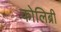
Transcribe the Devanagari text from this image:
कोलिब्री